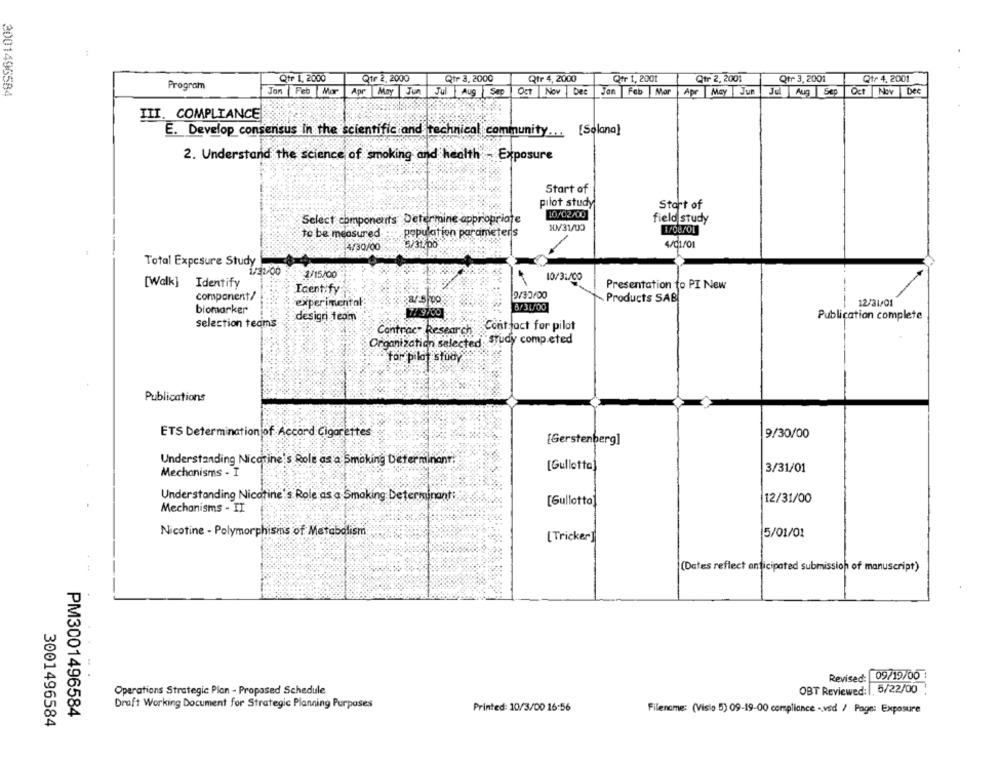
Qtr 4, 2000
Qtr 1, 2000
Qtr 2, 2000
Qtr 3, 2000
Qer 1, 2001
Qtr 2, 2001
Qtr 3, 2001
Qtr 4, 2001
3001496584
Program
Jon
Feb Mor
Apr May Jun
Jul AUS Sap
Oct Nov |bee
Jon Feb Mor
Apr May | Jun
Jel Aug Sep
Oct Nov Dee
III. COMPLIANCE
E. Develop consensus in the scientific and technical community ... [Solana]
2. Understand the science of smoking and health - Exposure
Start of
pilot study
Start of
10/02/00
Select components Determine appropriate
field study
W/31/00
1/08/01
to be measured
population parameters
5/31,00
4/01/01
4/30/00
Total Exposure Study
1/15/00
10/31/00
[Walk] Identify
Identify
Presentation to PI New
component/
9/30/00
Products SAB
experimental
12/31/01
biomarker
7/ 9/00
8/31/00
design team
Publication complete
selection teams
Contract for pilot
Contrac" Research
Organization selected study competed
for pilot study
Publications
ETS Determinationjof Accord Cigarettes
9/30/00
[Gerstenberg]
Understanding Nicotine's Role as a Smoking Determinant!
Mechanisms - I
[Gullotta]
3/31/01
Understanding Nicotine's Role as a Smoking Determinant:
[Gullotta]
12/31/00
Mechanisms - II
Nicotine - Polymorphisms of Metabolism
5/01/01
[Tricker ]
(Dates reflect anticipated submission of manuscript)
Revised:
09/19/00 :
Operations Strategic Plan - Proposed Schedule
OBT Reviewed: , 5/22/00
Draft Working Document for Strategic Planning Purposes
PM3001496584
Printed: 10/3/00 16:56
Filename: (Visio 5) 09-19-00 compliance - ved / Page: Exposure
3001496584